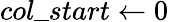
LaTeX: col\_ start\gets 0